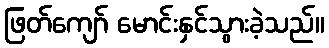
ဖြတ်ကျော် မောင်းနှင်သွားခဲ့သည်။